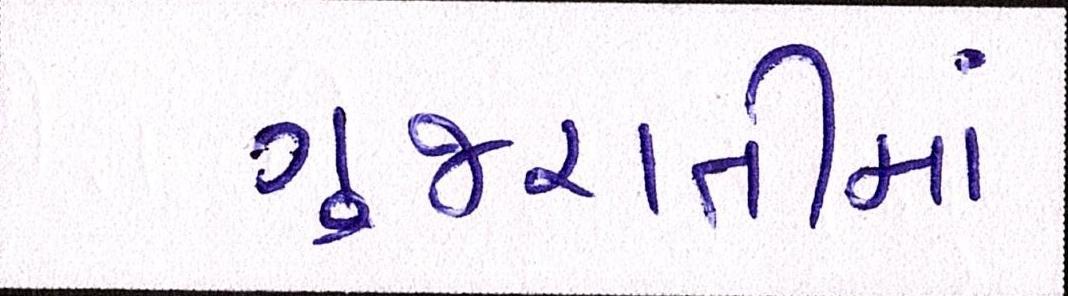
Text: ગુજરાતીમાં